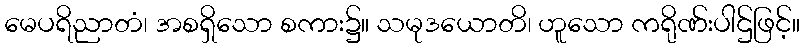
မေပရိညာတံ၊ အစရှိသော စကား၌။ သမုဒယောတိ၊ ဟူသော ကရိုဏ်းပါဌ်ဖြင့်။